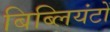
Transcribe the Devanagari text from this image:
बिब्लियंटों